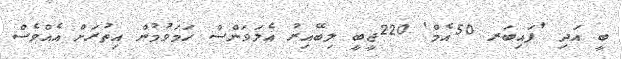
ބީ އަދި 'ފައިބަރ 50އެމް' 220ޖީބީ ލިބޭއިރު އެލަވަންސް ހަމަވުމުން އިތުރަށް އެއްވެސް